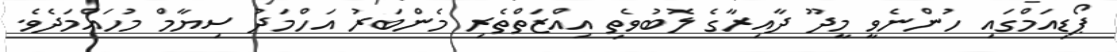
ޕޯޑިއަމްގައި ހުންނެވީ މީދޫ ދާއިރާގެ ލޮބުވެތި އިއްޒަތްތެރި މެންބަރު އަހްމަދު ސިޔާމް މުހައްމަދެވެ.